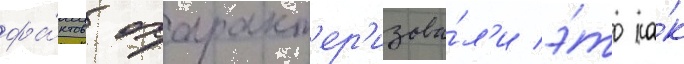
фа́ктов охаракт'ер'изова́л'и э́то ка́к